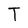
Character: T